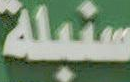
سنبلة